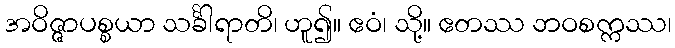
အဝိဇ္ဇာပစ္စယာ သင်္ခါရာတိ၊ ဟူ၍။ ဧဝံ၊ သို့။ ဧတဿ ဘဝစက္ကဿ၊